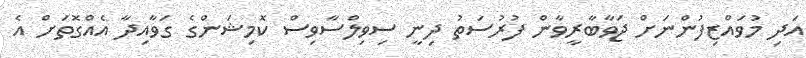
އަދި މުވައްޒިފުންނަށް ޖަވާބާރީވާން ފުރުސަތު ދިނީ ސިވިލްސާވިސް ކޮމިޝަންގެ ގަވާއިދާ އެއްގޮތަށް އެ